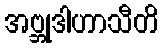
အဗ္ဘုဒါဟာသီတိ